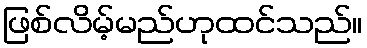
ဖြစ်လိမ့်မည်ဟုထင်သည်။